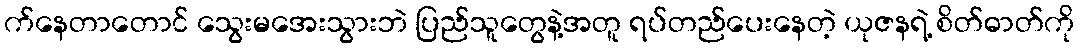
က်နေတာတောင် သွေးမအေးသွားဘဲ ပြည်သူတွေနဲ့အတူ ရပ်တည်ပေးနေတဲ့ ယုဇနရဲ့ စိတ်ဓာတ်ကို